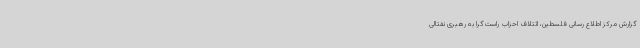
گزارش مرکز اطلاع رسانی فلسطین، ائتلاف احزاب راست‌گرا به رهبری نفتالی